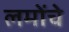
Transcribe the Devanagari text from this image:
लमोंचे